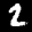
Label: 2